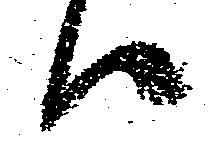
候